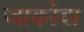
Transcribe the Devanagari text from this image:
जाकोवा